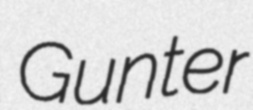
Gunter